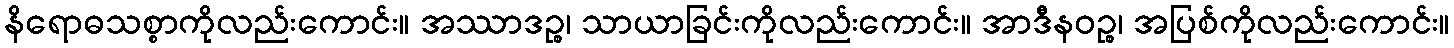
နိရောဓသစ္စာကိုလည်းကောင်း။ အဿာဒဉ္စ၊ သာယာခြင်းကိုလည်းကောင်း။ အာဒီနဝဉ္စ၊ အပြစ်ကိုလည်းကောင်း။